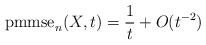
LaTeX: \begin{align*} \mathrm{pmmse}_n(X,t) = \frac{1}{t} + O(t^{-2})\end{align*}